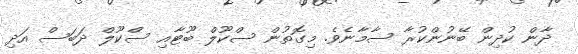
ދާން ކުދިން ބޭނުންކުރާ ސާމާނެވެ. މިގޮތުން ސްކޫލް ބޫޓާއި ސްކޫލް ދަބަސް އަދި